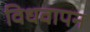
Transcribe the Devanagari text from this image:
विधवापन